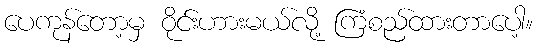
ပေကုန်တော့မှ ဝိုင်းဟားမယ်လို့ ကြံစည်ထားတာပေါ့။